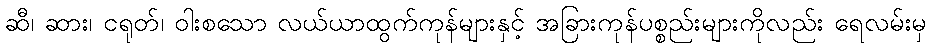
ဆီ၊ ဆား၊ ငရုတ်၊ ဝါးစသော လယ်ယာထွက်ကုန်များနှင့် အခြားကုန်ပစ္စည်းများကိုလည်း ရေလမ်းမှ